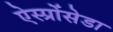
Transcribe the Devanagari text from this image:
ऐस्प्रोंसेडा